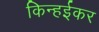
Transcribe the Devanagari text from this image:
किन्हईकर